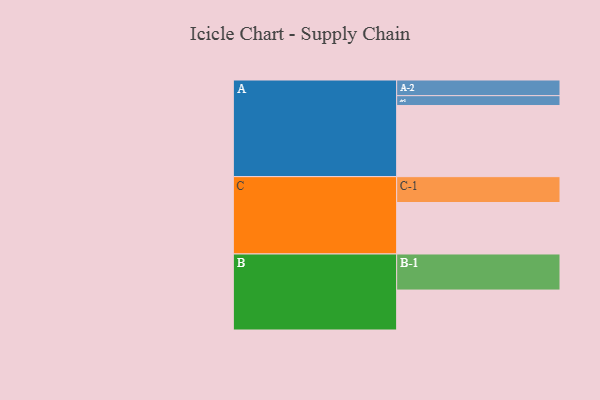
{"axis": {"x": "Segment", "y": "Value"}, "legend": ["", "A", "B", "C"], "data": [{"x": "A", "y": 586, "type": ""}, {"x": "B", "y": 329, "type": ""}, {"x": "C", "y": 424, "type": ""}, {"x": "A-1", "y": 81, "type": "A"}, {"x": "A-2", "y": 129, "type": "A"}, {"x": "B-1", "y": 297, "type": "B"}, {"x": "C-1", "y": 213, "type": "C"}]}